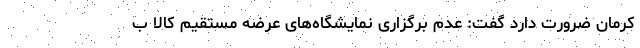
کرمان ضرورت دارد گفت: عدم برگزاری نمایشگاه‌های عرضه مستقیم کالا ب